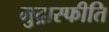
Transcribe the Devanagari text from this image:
मुद्रास्‍फीति